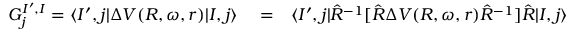
\begin{array} { r l r } { G _ { j } ^ { I ^ { \prime } , I } = \langle I ^ { \prime } , j | \Delta V ( R , \omega , r ) | I , j \rangle } & { { } = } & { \langle I ^ { \prime } , j | \hat { R } ^ { - 1 } [ \hat { R } \Delta V ( R , \omega , r ) \hat { R } ^ { - 1 } ] \hat { R } | I , j \rangle } \end{array}